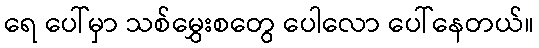
ရေ ပေါ်မှာ သစ်မွှေးစတွေ ပေါလော ပေါ်နေတယ်။